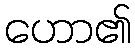
ဟော၏